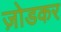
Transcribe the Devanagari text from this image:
ज़ोडकर